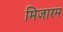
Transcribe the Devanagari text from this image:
मिजारम